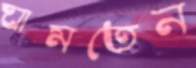
ঘামতেন